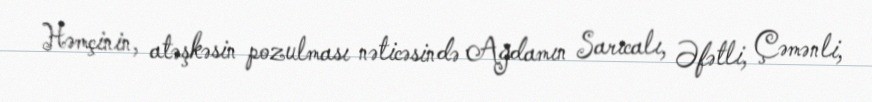
Həmçinin, atəşkəsin pozulması nəticəsində Ağdamın Sarıcalı, Əfətli, Çəmənli,